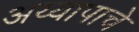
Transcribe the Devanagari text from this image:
अय्यापाचे